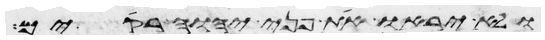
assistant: ולא יראו את פני יהוה רקים